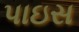
પાઇસ